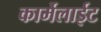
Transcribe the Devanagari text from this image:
कार्मेलाईट